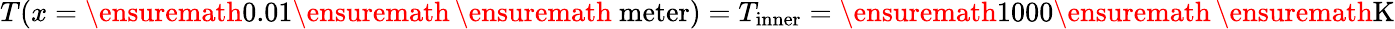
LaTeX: T(x=\ensuremath{\mathrm{0.01}}\ensuremath{\, }\ensuremath{\mathrm{\ meter}})=T_{\mathrm{inner}}=\ensuremath{\mathrm{1000}}\ensuremath{\, }\ensuremath{\mathrm{K}}